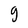
Character: g